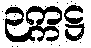
ဉက္ကဋ္ဌ